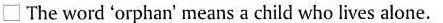
\Box The word orphan' means a child who lives alone.